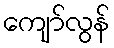
ကျော်လွန်